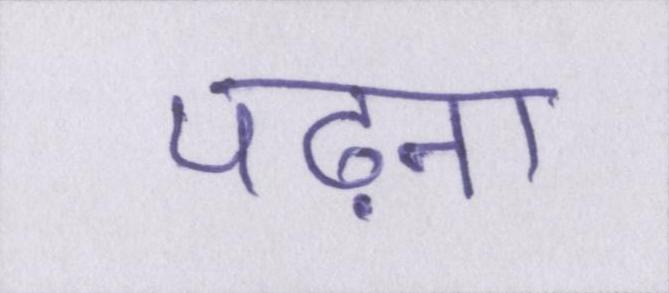
पढ़ना